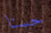
حسنا